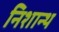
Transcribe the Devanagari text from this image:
निशान्थ